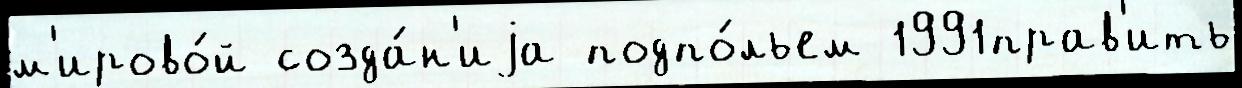
м'ирово́й созда́н'иjа подпо́льем 1991прав'ить